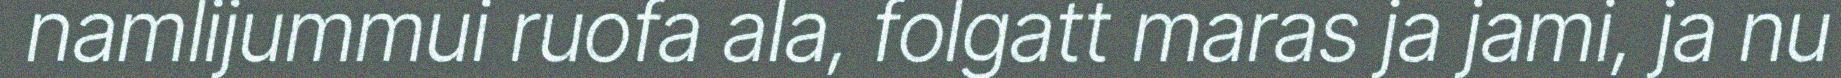
namlijummui ruofa ala, folgatt maras ja jami, ja nu